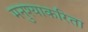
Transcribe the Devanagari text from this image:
मनुश्याकरिता